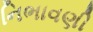
નિભાવણી